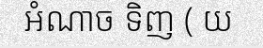
អំណាច ទិញ ( យ